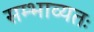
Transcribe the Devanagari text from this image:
सम्भाव्यतः